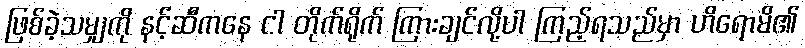
ဖြစ်ခဲ့သမျှကို နင့်ဆီကနေ ငါ တိုက်ရိုက် ကြားချင်လို့ပါ ကြည့်ရသည်မှာ ဟိရောမိ၏